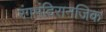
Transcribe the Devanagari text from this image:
रंगमंदिरानजिक